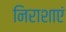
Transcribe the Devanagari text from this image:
निराशाएं